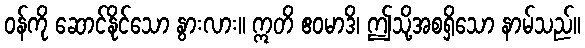
ဝန်ကို ဆောင်နိုင်သော နွားလား။ ဣတိ ဧဝမာဒိ၊ ဤသို့အစရှိသော နာမ်သည်။